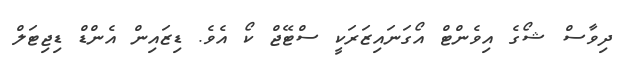
ދިވާސް ޝޯގެ އިވެންޓް އޯގަނައިޒަރަކީ ސްޓޭޖް ކޯ އެވެ. ޑިޒައިން އެންޑް ޑިޖިޓަލް